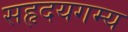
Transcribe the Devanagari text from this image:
सहृदयगम्य